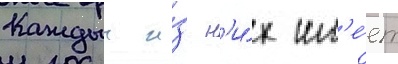
Каждыи и́з н'и́х им'е́ет